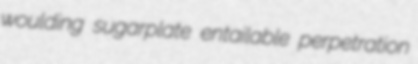
woulding sugarplate entailable perpetration